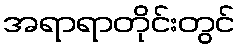
အရာရာတိုင်းတွင်